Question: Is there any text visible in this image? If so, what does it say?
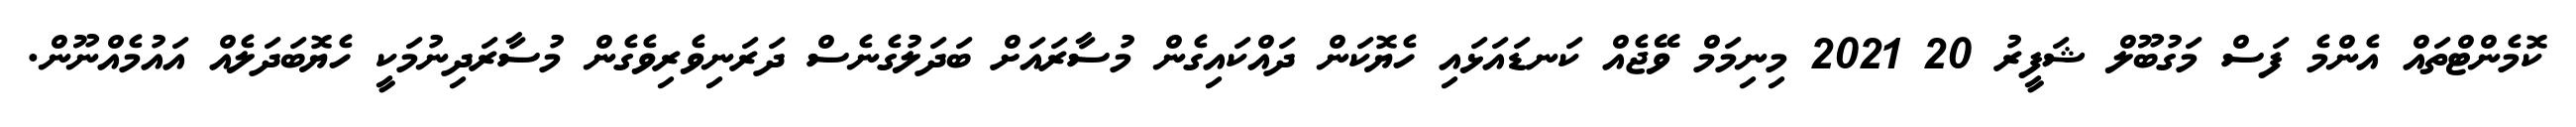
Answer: ކޮމެންޓްތައް އެންމެ ފަސް މަގުބޫލް ޝަފީރު 20 2021 މިނިމަމް ވޭޖެއް ކަނޑައަޅައި ހެޔޮކަން ދައްކައިގެން މުސާރައަށް ބަދަލުގެނެސް ދަރަނިވެރިވެގެން މުސާރަދިނުމަކީ ހެޔޮބަދަލެއް އައުމެއްނޫން.